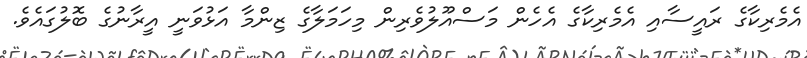
އެމެރިކާގެ ރައީސާއި އެމެރިކާގެ އެހެން މަސްއޫލުވެރިން މިހަމަލާގެ ޒިންމާ އަޅުވަނީ އީރާނުގެ ބޮލުގައެވެ.